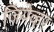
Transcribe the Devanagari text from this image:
जियेव्हर